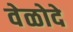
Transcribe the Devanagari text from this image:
वेळोदे